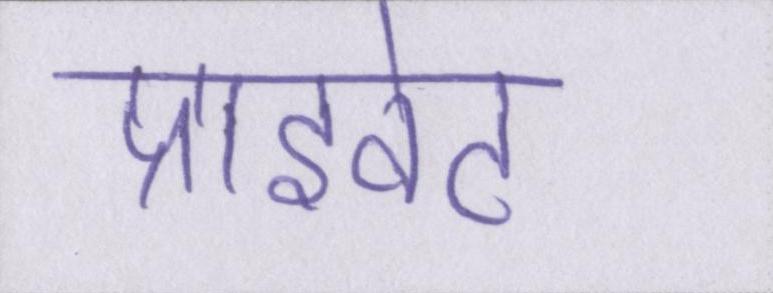
प्राइवेट